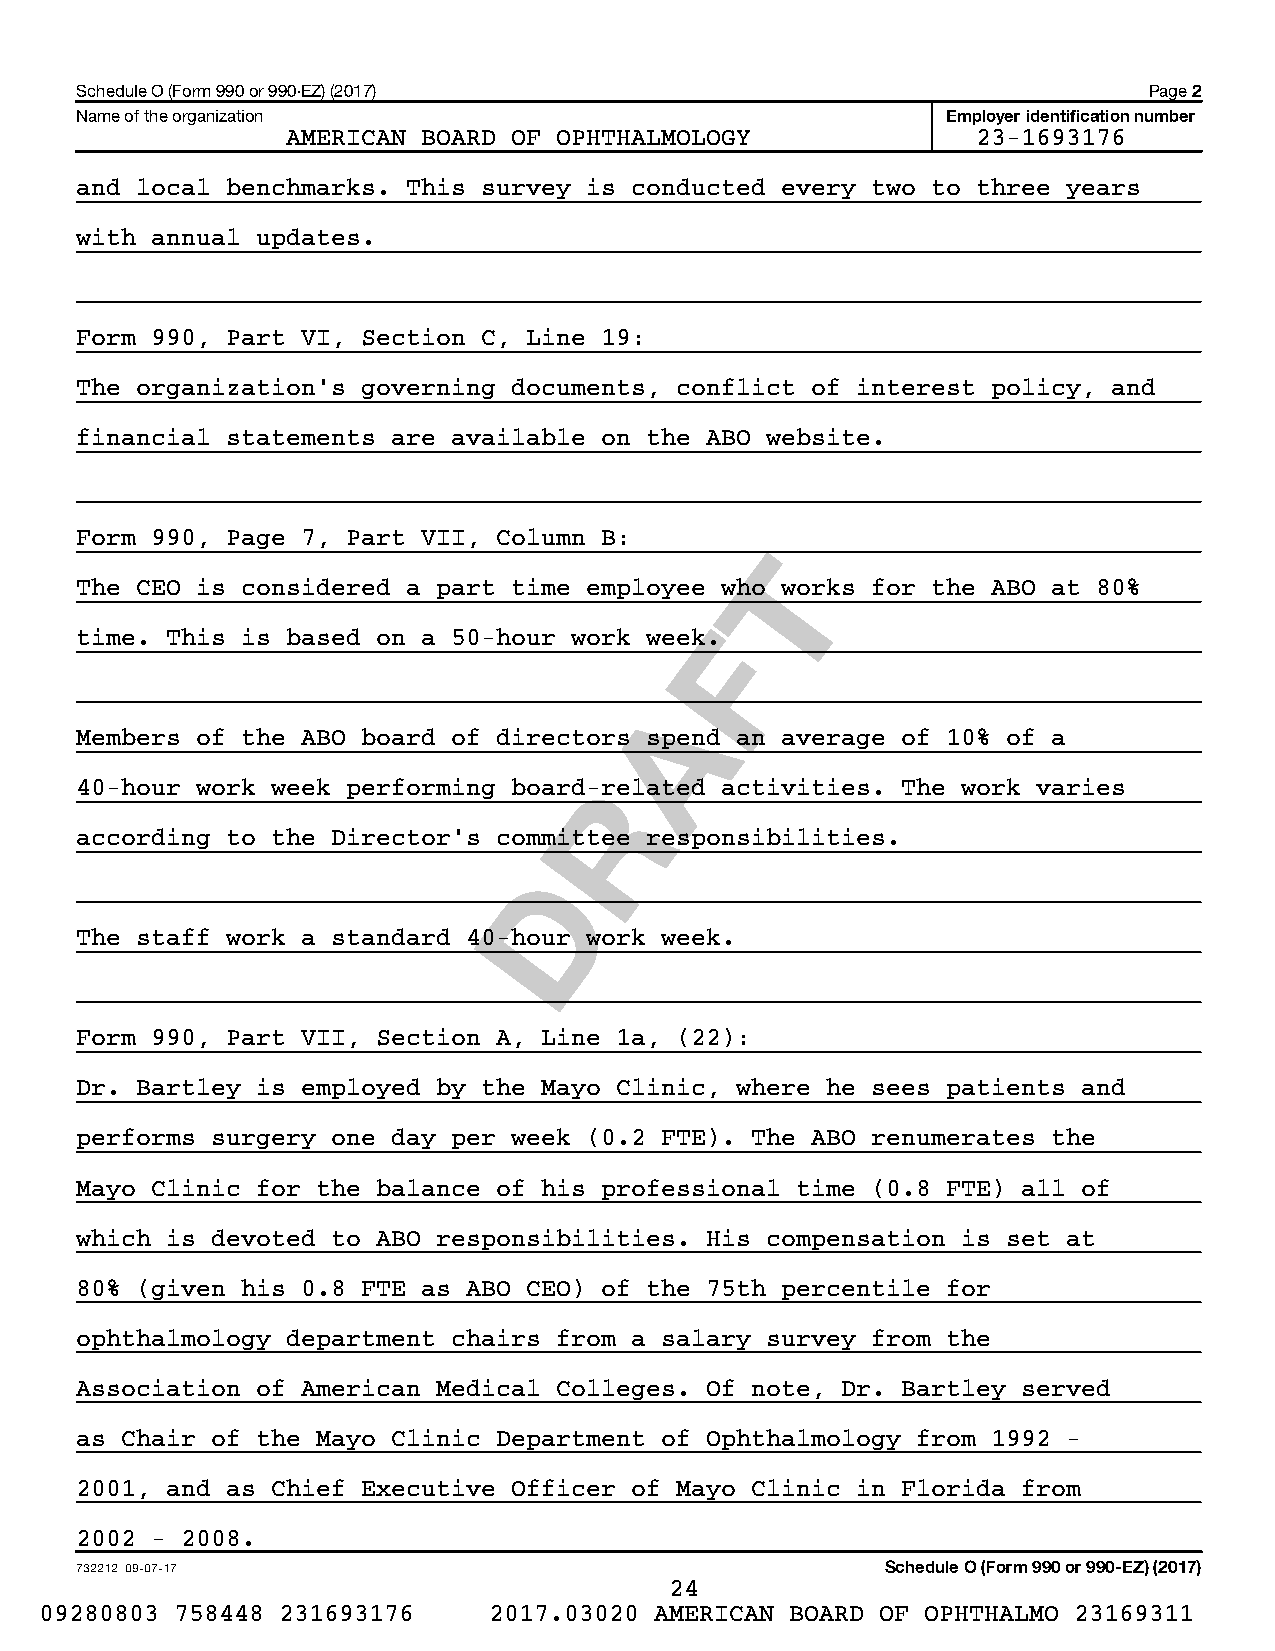
Schedule O (Form 990 or 990-EZ) (2017)                                 Page 2
 Name of the organization                                  Employer identification number
 AMERICAN BOARD OF OPHTHALMOLOGY               23-1693176
 and local benchmarks. This survey is conducted every two to three years
 with annual updates.
 Form 990, Part VI, Section C, Line 19:
 The organization’s governing documents, conflict of interest policy, and
 financial statements are available on the ABO website.
 Form 990, Page 7, Part VII, Column B:
 T
 The CEO is considered a part time employee who works for the ABO at 80%
 F
 time. This is based on a 50-hour work week.
 A
 Members of the ABO board of directors spend an average of 10% of a
 40-hour work week performing board-Rrelated activities. The work varies
 according to the Director’s committee responsibilities.
 D
 The staff work a standard 40-hour work week.
 Form 990, Part VII, Section A, Line 1a, (22):
 Dr. Bartley is employed by the Mayo Clinic, where he sees patients and
 performs surgery one day per week (0.2 FTE). The ABO renumerates the
 Mayo Clinic for the balance of his professional time (0.8 FTE) all of
 which is devoted to ABO responsibilities. His compensation is set at
 80% (given his 0.8 FTE as ABO CEO) of the 75th percentile for
 ophthalmology department chairs from a salary survey from the
 Association of American Medical Colleges. Of note, Dr. Bartley served
 as Chair of the Mayo Clinic Department of Ophthalmology from 1992 -
 2001, and as Chief Executive Officer of Mayo Clinic in Florida from
 2002 - 2008.
 732212 09-07-17                                       Schedule O (Form 990 or 990-EZ) (2017)
 24
 09280803 758448 231693176    2017.03020 AMERICAN BOARD OF OPHTHALMO 23169311